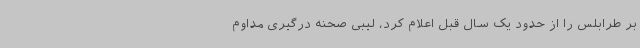
بر طرابلس را از حدود یک سال قبل اعلام کرد، لیبی صحنه درگیری مداوم